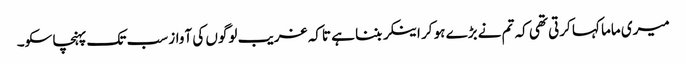
میری ماما کہا کرتی تھی کہ تم نے بڑے ہو کر اینکر بننا ہے تاکہ غریب لوگوں کی آواز سب تک پہنچا سکو۔